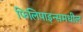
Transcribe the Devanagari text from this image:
फिलिपाइन्समधील